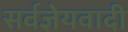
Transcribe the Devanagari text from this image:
सर्वज्ञेयवादी